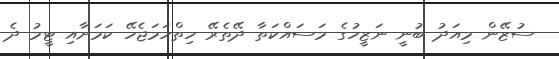
ސުޒޭން މިއަދު ބުނީ ނަޒީހުގެ މަސައްކަތާ ދޭތެރޭ ހިތްހަމަޖެހޭ ކަމަށާއި ޓީމު ދެ